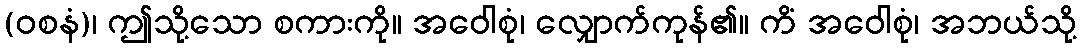
(ဝစနံ)၊ ဤသို့သော စကားကို။ အဝေါစုံ၊ လျှောက်ကုန်၏။ ကိံ အဝေါစုံ၊ အဘယ်သို့